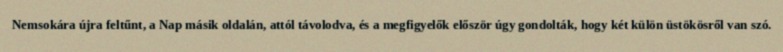
Nemsokára újra feltűnt, a Nap másik oldalán, attól távolodva, és a megfigyelők először úgy gondolták, hogy két külön üstökösről van szó.